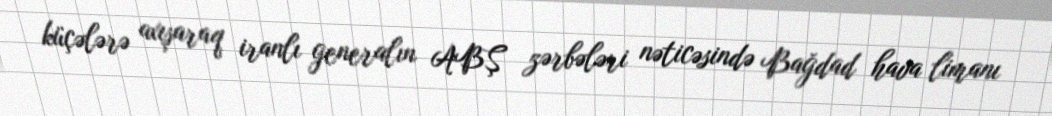
küçələrə axışaraq iranlı generalın ABŞ zərbələri nəticəsində Bağdad hava limanı